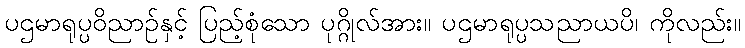
ပဌမာရုပ္ပဝိညာဉ်နှင့် ပြည့်စုံသော ပုဂ္ဂိုလ်အား။ ပဌမာရုပ္ပသညာယပိ၊ ကိုလည်း။